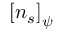
\left[ n _ { s } \right] _ { \psi }